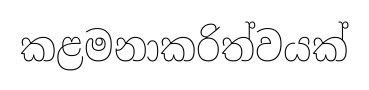
කළමනාකරිත්වයක්